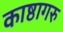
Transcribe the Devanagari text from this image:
काष्ठागरु